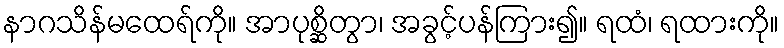
နာဂသိန်မထေရ်ကို။ အာပုစ္ဆိတွာ၊ အခွင့်ပန်ကြား၍။ ရထံ၊ ရထားကို။